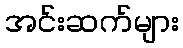
အင်းဆက်များ